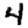
Digit: 4